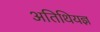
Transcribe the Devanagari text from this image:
अतिथियज्ञ